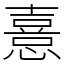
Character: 憙